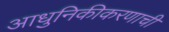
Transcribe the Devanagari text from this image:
आधुनिकीकरणाची